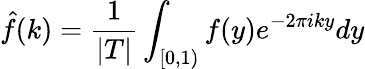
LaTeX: {\hat{f}}(k)={\frac{1}{|T|}}\int_{[0,1)}f(y)e^{-2\pi iky}dy